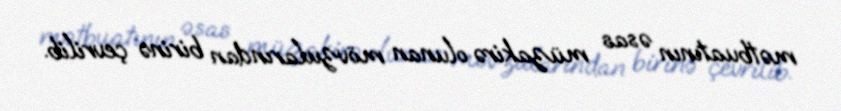
mətbuatının əsas müzakirə olunan mövzularından birinə çevrilib.